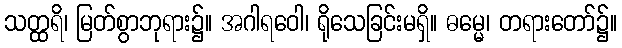
သတ္ထရိ၊ မြတ်စွာဘုရား၌။ အဂါရဝေါ၊ ရိုသေခြင်းမရှိ။ ဓမ္မေ၊ တရားတော်၌။